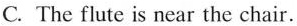
C. The flute is near the chair.